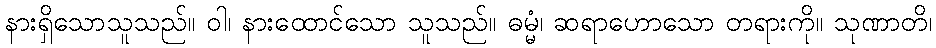
နားရှိသောသူသည်။ ဝါ၊ နားထောင်သော သူသည်။ ဓမ္မံ၊ ဆရာဟောသော တရားကို။ သုဏာတိ၊